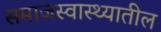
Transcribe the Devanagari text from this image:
समाजस्वास्थ्यातील